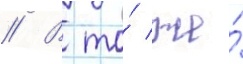
// В то́ же́